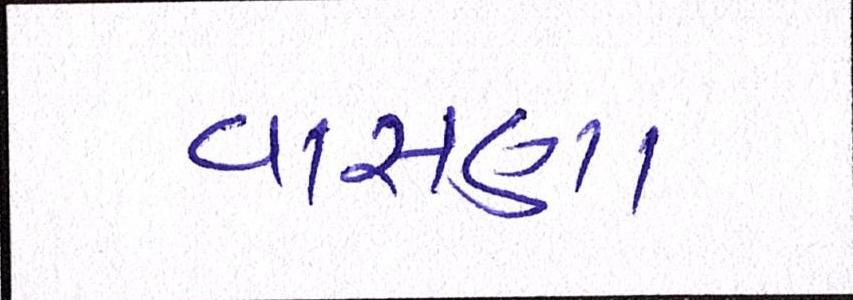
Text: વાસણા